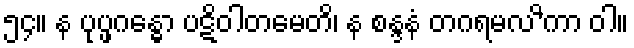
၅၄။ န ပုပ္ဖဂန္ဓော ပဋိဝါတမေတိ၊ န စန္ဒနံ တဂရမလ’ိကာ ဝါ။